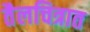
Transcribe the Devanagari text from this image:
तैलचित्रात